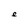
Character: e